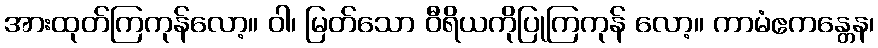
အားထုတ်ကြကုန်လော့။ ဝါ၊ မြတ်သော ဝီရိယကိုပြုကြကုန် လော့။ ကာမံဧကန္တေန၊